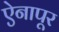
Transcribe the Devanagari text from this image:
ऐनापूर